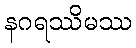
နဂရဿိမဿ